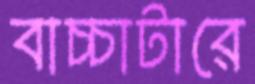
বাচ্চাটারে